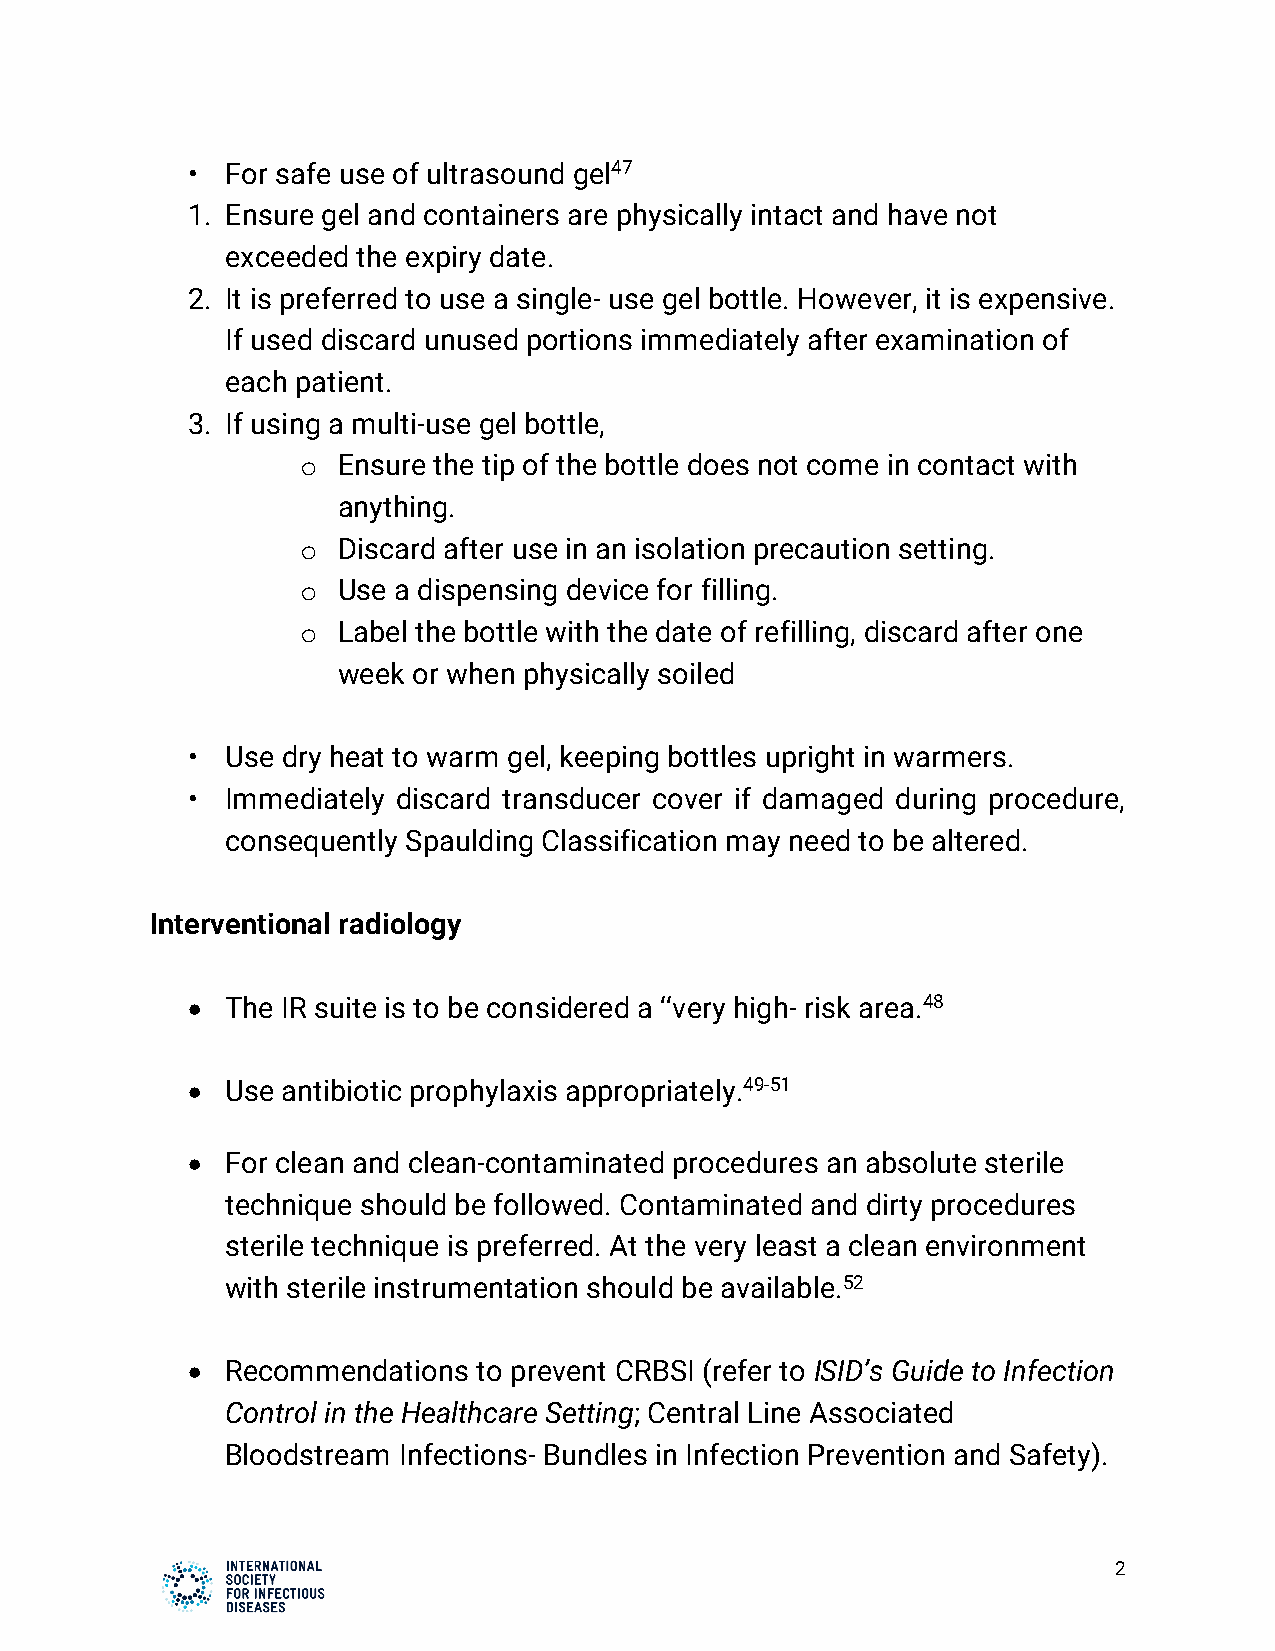
•  For safe use of ultrasound gel47
 1. Ensure gel and containers are physically intact and have not
 exceeded the expiry date.
 2. It is preferred to use a single- use gel bottle. However, it is expensive.
 If used discard unused portions immediately after examination of
 each patient.
 3. If using a multi-use gel bottle,
 o Ensure the tip of the bottle does not come in contact with
 anything.
 o Discard after use in an isolation precaution setting.
 o Use a dispensing device for filling.
 o Label the bottle with the date of refilling, discard after one
 week or when physically soiled
 •  Use dry heat to warm gel, keeping bottles upright in warmers.
 •  Immediately discard transducer cover if damaged during procedure,
 consequently Spaulding Classification may need to be altered.
 Interventional radiology
 •  The IR suite is to be considered a ‘‘very high- risk area.48
 •  Use antibiotic prophylaxis appropriately.49-51
 •  For clean and clean-contaminated procedures an absolute sterile
 technique should be followed. Contaminated and dirty procedures
 sterile technique is preferred. At the very least a clean environment
 with sterile instrumentation should be available.52
 •  Recommendations  to prevent CRBSI (refer to ISID’s Guide to Infection
 Control in the Healthcare Setting; Central Line Associated
 Bloodstream Infections- Bundles in Infection Prevention and Safety).
 2